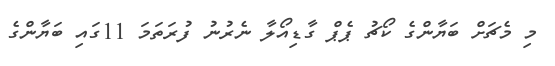
މި މެޗަށް ބަޔާންގެ ކޯޗު ޕެޕް ގާޑިއޯލާ ނެރުނު ފުރަތަމަ 11ގައި ބަޔާންގެ